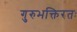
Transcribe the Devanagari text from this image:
गुरुभक्तिरतः